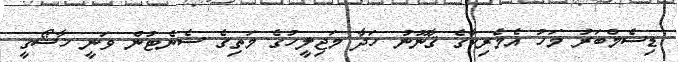
ޑިސެމްބަރު މަހު އެމެރިކާގެ ޤާނޫނު ހަދާ މަޖިލީހުގެ މަތިގެ ސެނެޓުން ވަނީ ޚާޝޯގީ